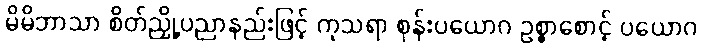
မိမိဘာသာ စိတ်ညှို့ပညာနည်းဖြင့် ကုသရာ စုန်းပယောဂ ဥစ္စာစောင့် ပယောဂ